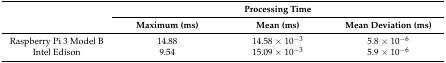
| <ROWSPAN=2>  | <COLSPAN=3> Processing Time |
 | Maximum (ms) | Mean (ms) | Mean Deviation (ms) |
 | --- | --- | --- | --- |
 | Raspberry Pi 3 Model B | 14.88 | 14.58 × 10−3 | 5.8 × 10−6 |
 | Intel Edison | 9.54 | 15.09 × 10−3 | 5.9 × 10−6 |